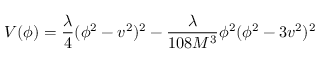
V ( \phi ) = \frac { \lambda } { 4 } ( \phi ^ { 2 } - v ^ { 2 } ) ^ { 2 } - \frac { \lambda } { 1 0 8 M ^ { 3 } } \phi ^ { 2 } ( \phi ^ { 2 } - 3 v ^ { 2 } ) ^ { 2 }